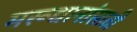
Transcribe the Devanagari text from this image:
मरूद्यानांसाठी